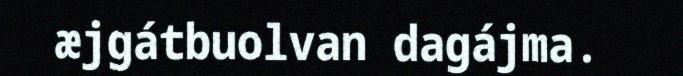
æjgátbuolvan dagájma.